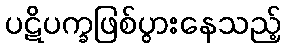
ပဋိပက္ခဖြစ်ပွားနေသည့်